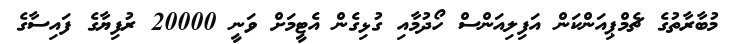
މުބާރާތުގެ ޗެމްޕިއަންކަން އަފިލިއަންސް ހޯދުމާއި ގުޅިގެން އެޓީމަށް ވަނީ 20000 ރުފިޔާގެ ފައިސާގެ